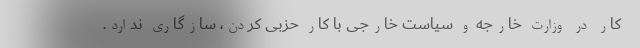
کار در وزارت خارجه و سیاست خارجی با کار حزبی کردن، سازگاری ندارد.